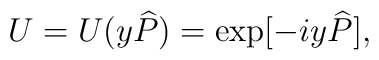
U=U( y{\widehat{P}})=\exp [-i y{\widehat{P}}],